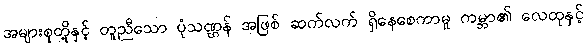
အများစုတို့နှင့် တူညီသော ပုံသဏ္ဌန် အဖြစ် ဆက်လက် ရှိနေစေကာမူ ကမ္ဘာ၏ လေထုနှင့်